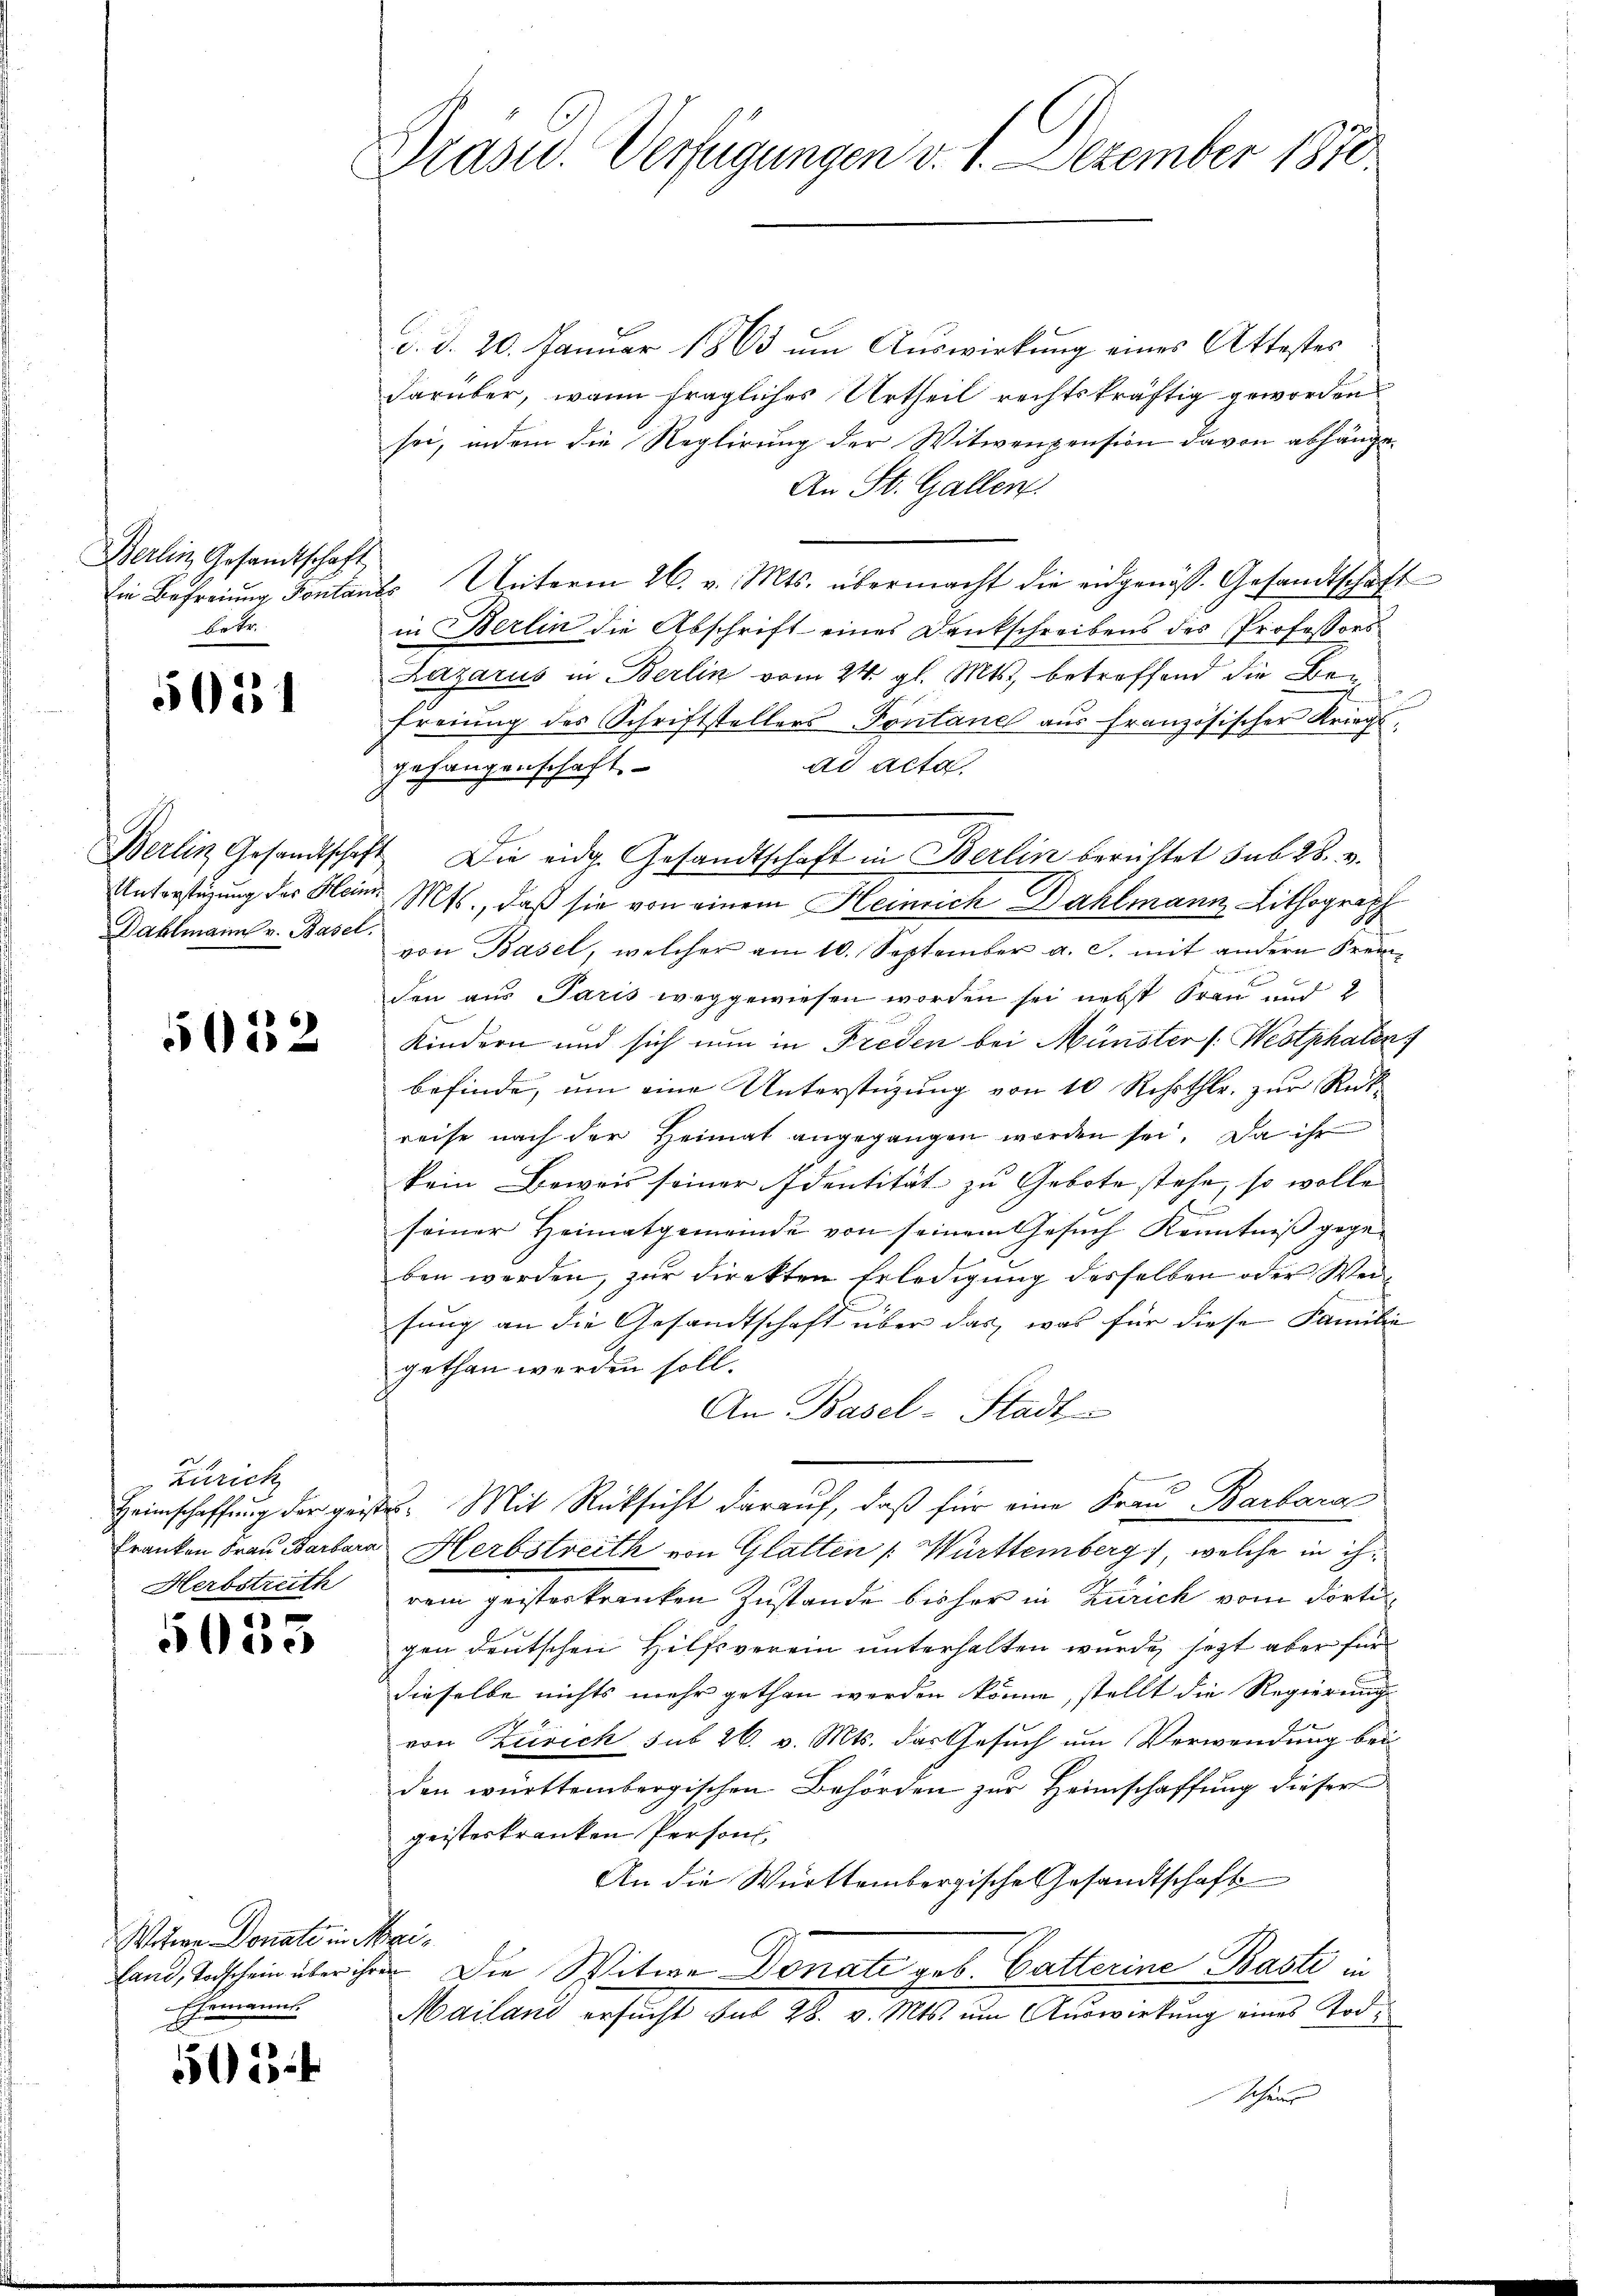
Berlin, Gesandtschaft
Die Befreiung Fontan
betr.

521

Berlin Gesandtschaf
Unterstüzung des Hein
Dahlmann v. Basel

5012

Zürich
Heimschaffung der geg
Franken Frau Barbari
Herbstreith

5
e

Witwe Donats in Mei¬
Ehemanns.

502

Präsid. Verfügungen v. 1. Dezember 1870.

d. d. 20. Januar 1863 um Auswirkung eines Attestes
darüber, wenn fragliches Urtheil rechtskräftig geworden
sei, indem die Reglirung der Witwenpension davon abhänge.
An St. Gallen.
2
is Unterm 26. v. Mts. übermacht die eidgenös. Gesandtschaft
in Berlin die Abschrift eines Dankschreibens des Professors
Lazarus in Berlin vom 24. gl. Mts., betreffend die Be¬
Freiung des Schriftstellers Fontane aus französischer Kriegs
gehangenschaft.
ad acta
7. Die eidg. Gesandtschaft in Berlin berichtet sub 28. v.
in Mts., daß sie von einem Heinrich Dahlmann Lithograph
von Basel, welcher am 10. September a. s. mit andern Frem¬
F
den aus Paris weggewiesen worden sei nebst Frau und 2
Kindern und sich nun in Freden bei Münster /: Westphalen
befinde, um eine Unterstüzung von 10 Rehrthlr. zur Rück
reise nach der Heimat angegangen worden sei. Da ihr
kein Beweis seiner Identität zu Gebote stehe, so wolle |
seiner Heimatgemeinde von seinem Gesŭch Kenntniß gege-
ben werden, zur Direkten Erledigung desselben oder Weisung an die Gesandtschaft über das, was für diese Familie
gethan werden soll.
An Basel-Stadt-
des Mit Rücksicht darauf, daß für eine Frau Barbara
Herbstreith von Glatten [ Württemberg), welche in ihrem geisterkranken Zustande bisher in Zürich vom dorti
gen deutschen Hilfsverein unterhalten wurde, sezt aber für
dieselbe nichts mehr gethan werden könne, stellt die Regierung
von Zürich sub 26. v. Mts. das Gesuch um Verwendung bei
den württembergischen Behörden zur Heimschaffung dieser
geisteskranken Person,
An die Württembergische Gesandtschaft
fand, Todschein über ihren Die Witwe Donate geb. Batterine Baste in
Mailand ersucht sub 28. v. Mts. um Auswirkung eines Tod¬
Schein